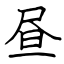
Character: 昼